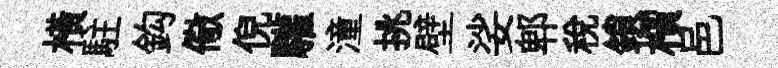
横駐鈎儆倪驩潼挑壁娑郫税鎖檟邑